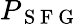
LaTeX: P_{\mathrm{~S~F~G~}}